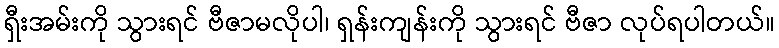
ရှီးအမ်းကို သွားရင် ဗီဇာမလိုပါ၊ ရှန်းကျန်းကို သွားရင် ဗီဇာ လုပ်ရပါတယ်။